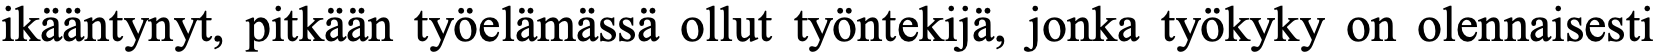
ikääntynyt, pitkään työelämässä ollut työntekijä, jonka työkyky on olennaisesti